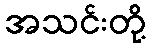
အသင်းတို့